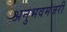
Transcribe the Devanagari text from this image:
अनुभवमंजरी